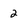
Character: 2